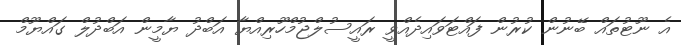
އެ ނޫޓުތައް ބޭނުން ކުރުން ފައްޓަވައިދެއްވީ ރައީސުލްޖުމްހޫރިއްޔާ އަބްދު ޔާމީން އަބްދުލް ގައްޔޫމް